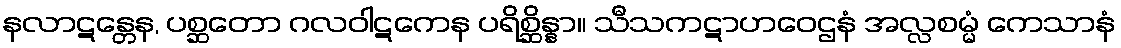
နလာဋန္တေန, ပစ္ဆတော ဂလဝါဋကေန ပရိစ္ဆိန္နာ။ သီသကဋာဟဝေဌနံ အလ္လစမ္မံ ကေသာနံ